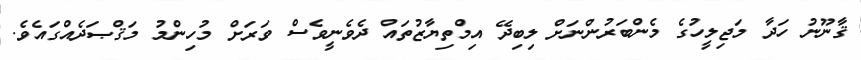
ޤާނޫނު ހަދާ މަޖިލީހުގެ މެންބަރުންނަށް ލިބިދޭ އިމްތިޔާޒުތައް ދެވެނީވެސް ވަރަށް މުހިންމު މަޤްޞަދެއްގައެވެ.